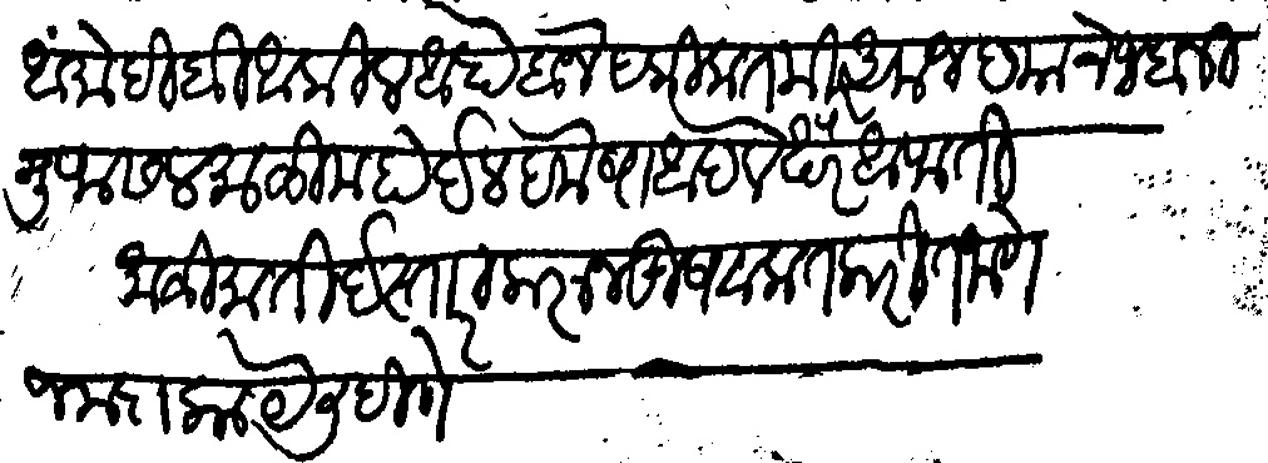
Transliteration (Devanagari): आं मोहीबी आंकील आहेो बाजे हकिकत मीर अमजद याचे जबानी मुफस माळीम होईल हमेषा आपले खैर आफियेती माळीमाती ईस्तारा करून खुशवख्त करीत जाणे जयादा काये लिहीणे